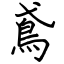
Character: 鳶